Lunatic asylums Punjab 1868-1880 - 1868-1880
Year: 1868
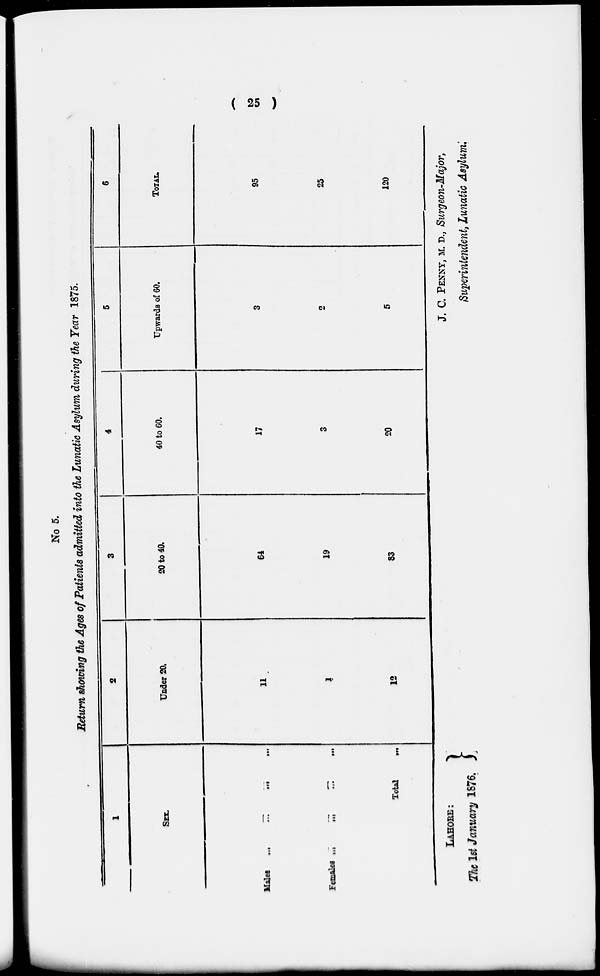
( 25 )
No 5.
Return showing the Ages of Patients admitted into the Lunatic Asylum during the Year 1875.
1
SEX.
Males
...
...
...
...
Females
...
...
...
...
Total
...
2
Under 20.
11
1
12
3
20 to 40.
64
19
83
4
40 to 60.
17
3
20
5
Upwards of 60.
3
2
5
6
Total.
95
25
120
LAHORE:
The 1st January 1876.
J. C. PENNY, M. D., Surgeon-Major,
Superintendent, Lunatic Asylum.